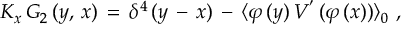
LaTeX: K _ { x } \, G _ { 2 } \, ( y , \, x ) \, = \, \delta ^ { 4 } \, ( y \, - \, x ) \, - \, \langle \varphi \, ( y ) \, V ^ { ' } \, ( \varphi \, ( x ) ) \rangle _ { 0 } \, \, ,